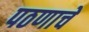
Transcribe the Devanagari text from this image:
पठणाचे